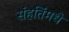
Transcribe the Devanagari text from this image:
संहतिंमधे